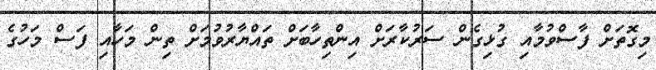
މިގޮތަށް ފާސްވުމާއި ގުޅިގެން ސަރުކާރަށް އިންތިހާބަށް ތައްޔާރުވުމަށް ތިން މަހާއި ފަސް މަހުގެ